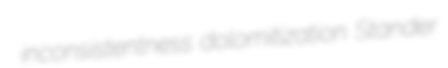
inconsistentness dolomitization Stander